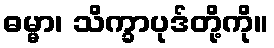
ဓမ္မာ၊ သိက္ခာပုဒ်တို့ကို။